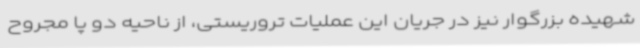
شهیده بزرگوار نیز در جریان این عملیات تروریستی، از ناحیه دو پا مجروح